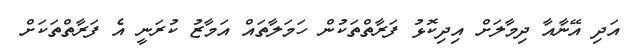
އަދި އޭނާއާ ދިމާލަށް އިދިކޮޅު ފަރާތްތަކުން ހަމަލާތައް އަމާޒު ކުރަނީ އެ ފަރާތްތަކަށް